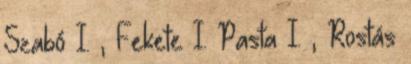
Szabó I. , Fekete I. Pasta I. , Rostás